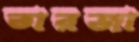
তারজা